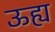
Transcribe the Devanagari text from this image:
ऊह्य